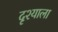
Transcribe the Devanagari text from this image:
दृश्याला